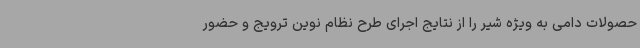
حصولات دامی به ویژه شیر را از نتایج اجرای طرح نظام نوین ترویج و حضور